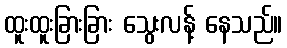
ထူးထူးခြားခြား သွေးလန့် နေသည်။